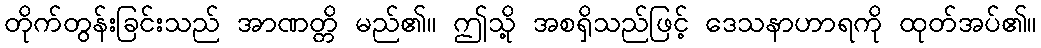
တိုက်တွန်းခြင်းသည် အာဏတ္တိ မည်၏။ ဤသို့ အစရှိသည်ဖြင့် ဒေသနာဟာရကို ထုတ်အပ်၏။